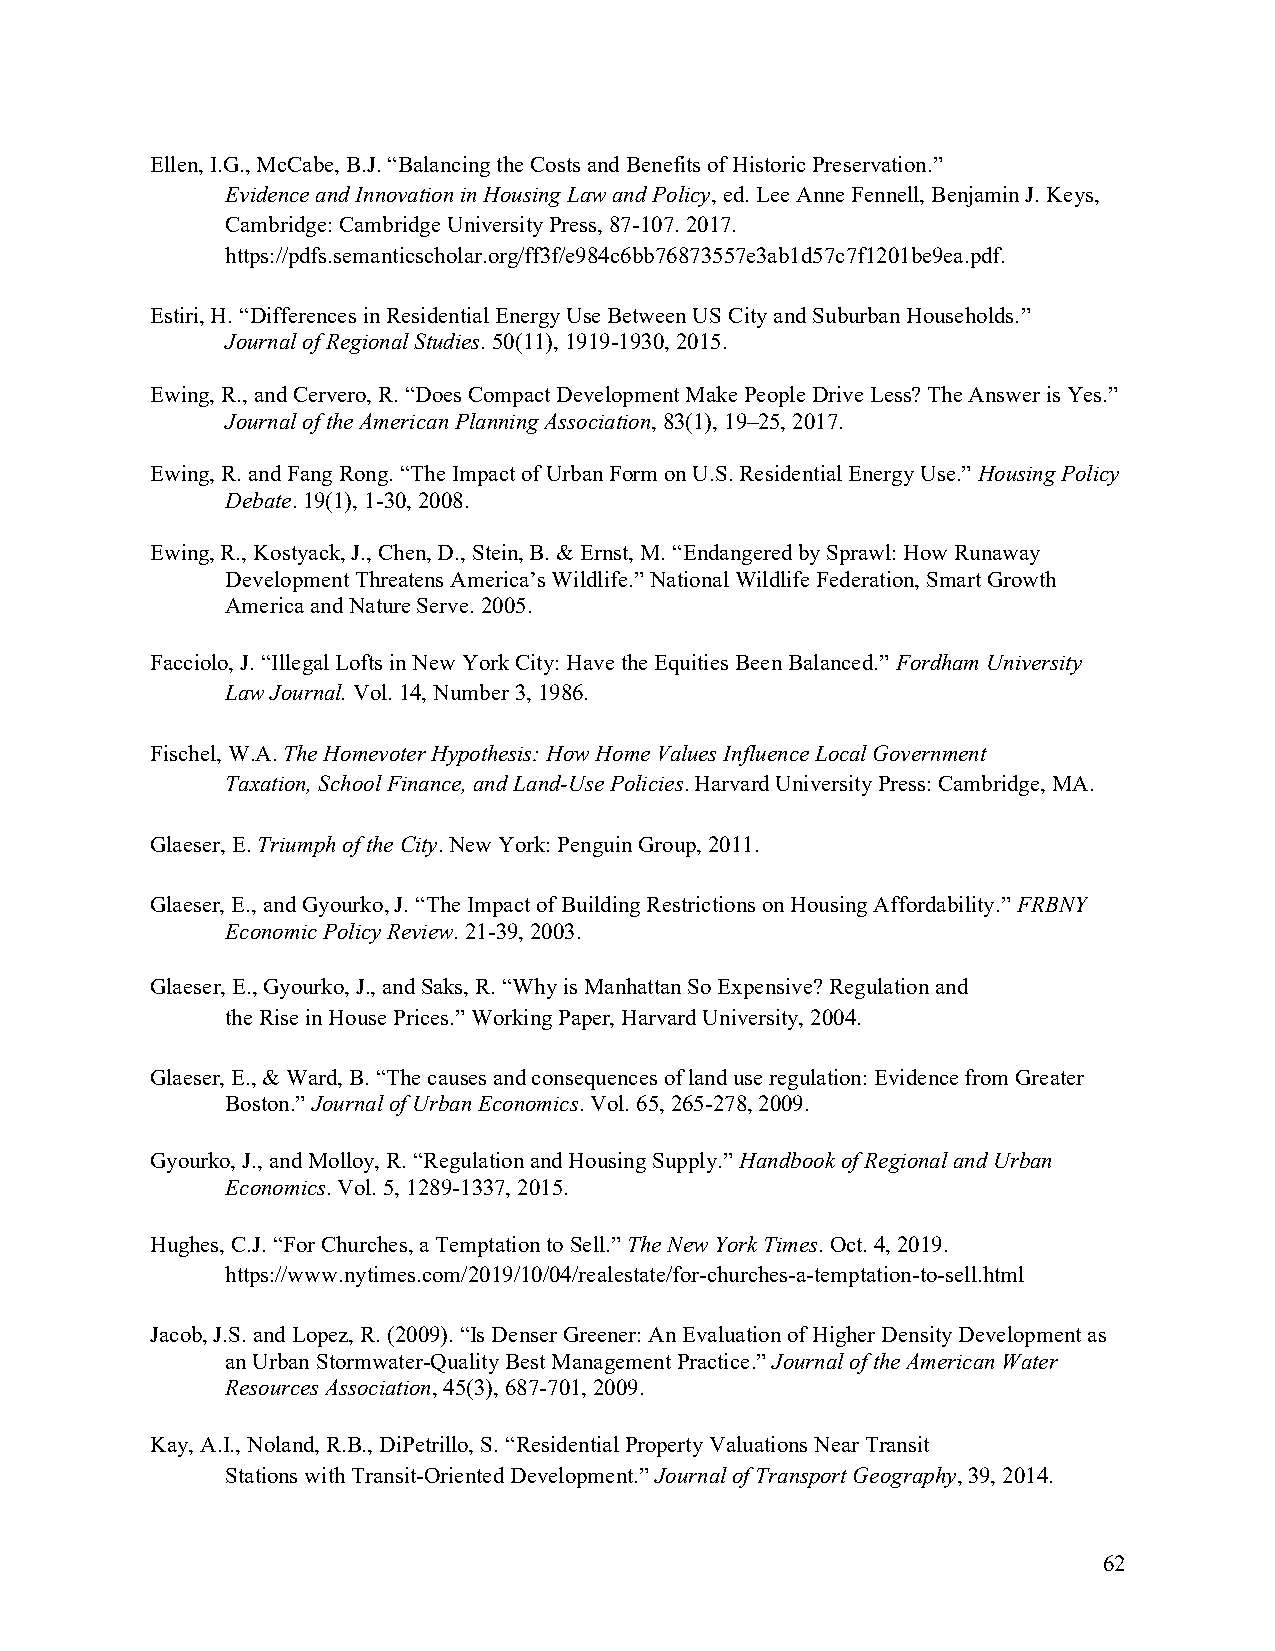
Ellen, I.G., McCabe, B.J. “Balancing the Costs and Benefits of Historic Preservation.”
 Evidence and Innovation in Housing Law and Policy, ed. Lee Anne Fennell, Benjamin J. Keys,
 Cambridge: Cambridge University Press, 87-107. 2017.
 https://pdfs.semanticscholar.org/ff3f/e984c6bb76873557e3ab1d57c7f1201be9ea.pdf.
 Estiri, H. “Differences in Residential Energy Use Between US City and Suburban Households.”
 Journal of Regional Studies. 50(11), 1919-1930, 2015.
 Ewing, R., and Cervero, R. “Does Compact Development Make People Drive Less? The Answer is Yes.”
 Journal of the American Planning Association, 83(1), 19–25, 2017.
 Ewing, R. and Fang Rong. “The Impact of Urban Form on U.S. Residential Energy Use.” Housing Policy
 Debate. 19(1), 1-30, 2008.
 Ewing, R., Kostyack, J., Chen, D., Stein, B. & Ernst, M. “Endangered by Sprawl: How Runaway
 Development Threatens America’s Wildlife.” National Wildlife Federation, Smart Growth
 America and Nature Serve. 2005.
 Facciolo, J. “Illegal Lofts in New York City: Have the Equities Been Balanced.” Fordham University
 Law Journal. Vol. 14, Number 3, 1986.
 Fischel, W.A. The Homevoter Hypothesis: How Home Values Influence Local Government
 Taxation, School Finance, and Land-Use Policies. Harvard University Press: Cambridge, MA.
 Glaeser, E. Triumph of the City. New York: Penguin Group, 2011.
 Glaeser, E., and Gyourko, J. “The Impact of Building Restrictions on Housing Affordability.” FRBNY
 Economic Policy Review. 21-39, 2003.
 Glaeser, E., Gyourko, J., and Saks, R. “Why is Manhattan So Expensive? Regulation and
 the Rise in House Prices.” Working Paper, Harvard University, 2004.
 Glaeser, E., & Ward, B. “The causes and consequences of land use regulation: Evidence from Greater
 Boston.” Journal of Urban Economics. Vol. 65, 265-278, 2009.
 Gyourko, J., and Molloy, R. “Regulation and Housing Supply.” Handbook of Regional and Urban
 Economics. Vol. 5, 1289-1337, 2015.
 Hughes, C.J. “For Churches, a Temptation to Sell.” The New York Times. Oct. 4, 2019.
 https://www.nytimes.com/2019/10/04/realestate/for-churches-a-temptation-to-sell.html
 Jacob, J.S. and Lopez, R. (2009). “Is Denser Greener: An Evaluation of Higher Density Development as
 an Urban Stormwater-Quality Best Management Practice.” Journal of the American Water
 Resources Association, 45(3), 687-701, 2009.
 Kay, A.I., Noland, R.B., DiPetrillo, S. “Residential Property Valuations Near Transit
 Stations with Transit-Oriented Development.” Journal of Transport Geography, 39, 2014.
 62